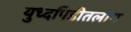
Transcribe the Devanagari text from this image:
युध्दपिडीतलोग